Civil Veterinary Dept. Assam report 1927-50 - 1927-1950
Year: 1927
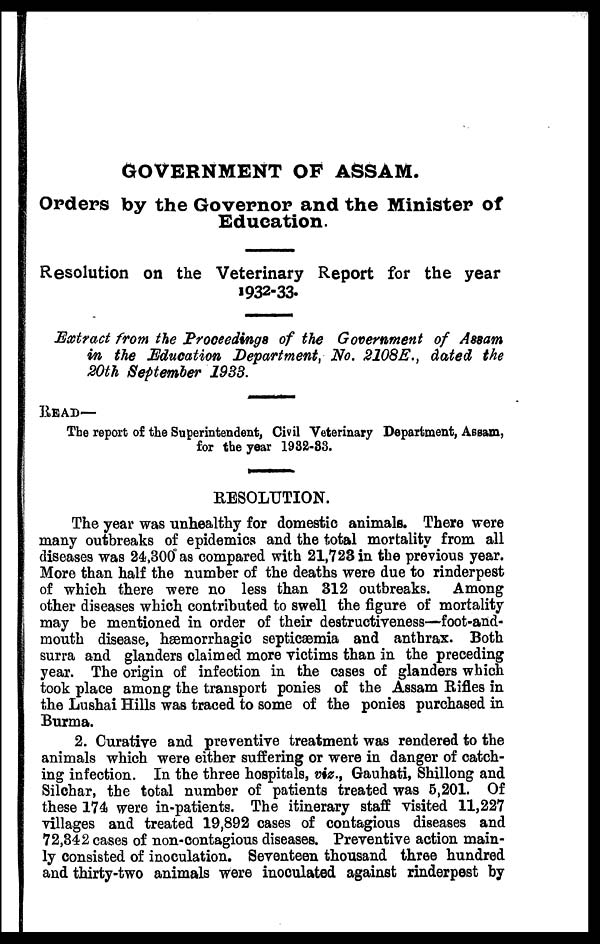
GOVERNMENT OF ASSAM.
Orders by the Governor and the Minister of
Education.
Resolution on the Veterinary Report for the year
1932-33.
Extract from the Proceedings of the Government of Assam
in the Education Department, No. 2108E., dated the
20th September 1938.
READ—
The report of the Superintendent, Civil Veterinary Department, Assam,
for the year 1982-83.
RESOLUTION.
The year was unhealthy for domestic animals. There were
many outbreaks of epidemics and the total mortality from all
diseases was 24,300 as compared with 21,723 in the previous year.
More than half the number of the deaths were due to rinderpest
of which there were no less than 312 outbreaks. Among
other diseases which contributed to swell the figure of mortality
may be mentioned in order of their destructiveness—foot-and-
mouth disease, hæmorrhagic septicæmia and anthrax. Both
surra and glanders claimed more victims than in the preceding
year. The origin of infection in the cases of glanders which
took place among the transport ponies of the Assam Rifles in
the Lushai Hills was traced to some of the ponies purchased in
Burma.
2. Curative and preventive treatment was rendered to the
animals which were either suffering or were in danger of catch-
ing infection. In the three hospitals, viz., Gauhati, Shillong and
Silchar, the total number of patients treated was 5,201. Of
these 174 were in-patients. The itinerary staff visited 11,227
villages and treated 19,892 cases of contagious diseases and
72,342 cases of non-contagious diseases. Preventive action main-
ly consisted of inoculation. Seventeen thousand three hundred
and thirty-two animals were inoculated against rinderpest by